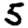
Digit: 5